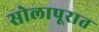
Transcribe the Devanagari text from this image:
सोलापूरात